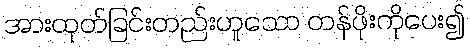
အားထုတ်ခြင်းတည်းဟူသော တန်ဖိုးကိုပေး၍